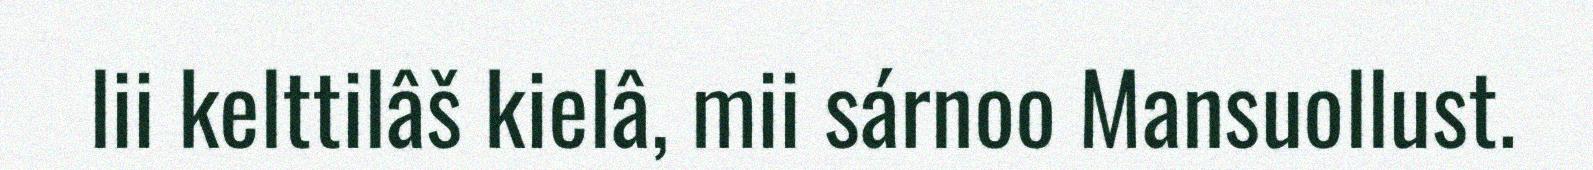
lii kelttilâš kielâ, mii sárnoo Mansuollust.